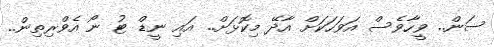
ސަން.. ވީހާވެސް އަވަހަކަށް އާދޭ މިކޮޅަށް.. އައި ނީޑް ޓު ނޯ އެވްރިތިން..